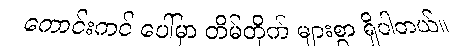
ကောင်းကင် ပေါ်မှာ တိမ်တိုက် များစွာ ရှိပါတယ်။